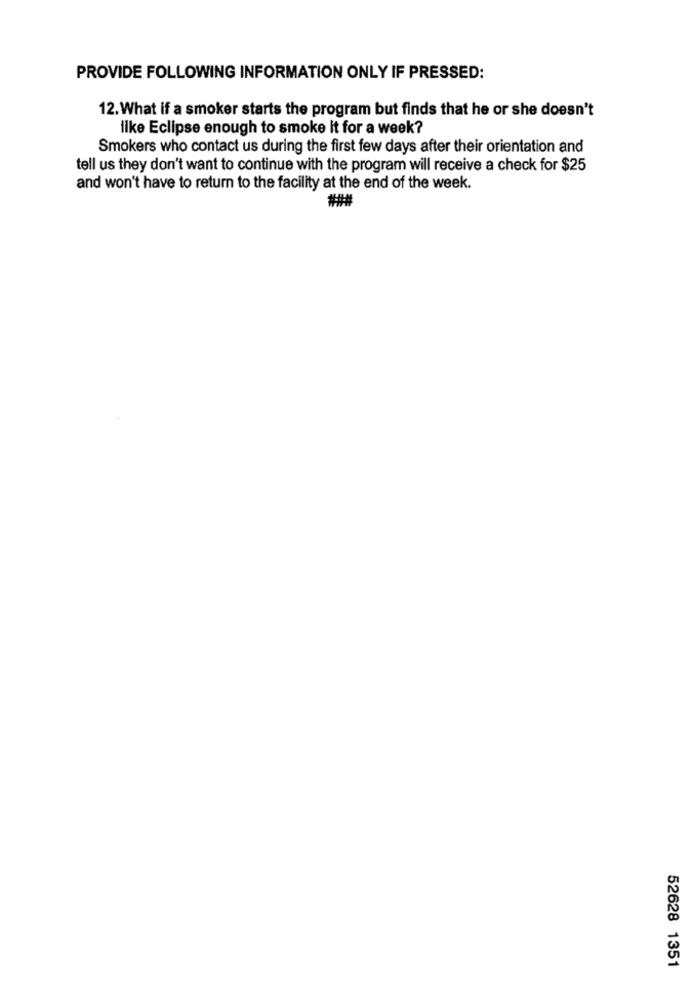
PROVIDE FOLLOWING INFORMATION ONLY IF PRESSED:
12. What if a smoker starts the program but finds that he or she doesn't
ilke Eclipse enough to smoke it for a week?
Smokers who contact us during the first few days after their orientation and
tell us they don't want to continue with the program will receive a check for $25
and won't have to return to the facility at the end of the week.
###
52628 1351